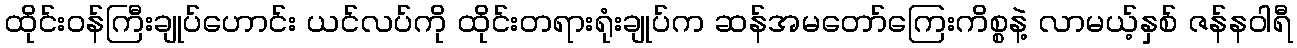
ထိုင်းဝန်ကြီးချုပ်ဟောင်း ယင်လပ်ကို ထိုင်းတရားရုံးချုပ်က ဆန်အမတော်ကြေးကိစ္စနဲ့ လာမယ့်နှစ် ဇန်နဝါရီ